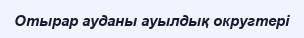
Отырар ауданы ауылдық округтері